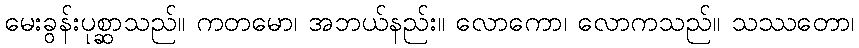
မေးခွန်းပုစ္ဆာသည်။ ကတမော၊ အဘယ်နည်း။ လောကော၊ လောကသည်။ သဿတော၊